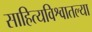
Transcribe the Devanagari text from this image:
साहित्यविश्वातल्या